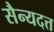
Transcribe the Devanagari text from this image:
सैन्यदत्त